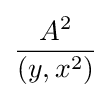
{\frac {A^{2}}{(y,x^{2})}}